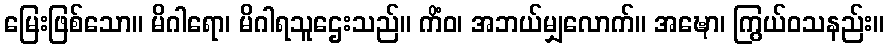
မြေးဖြစ်သော။ မိဂါရော၊ မိဂါရသူဌေးသည်။ ကိံဝ၊ အဘယ်မျှလောက်။ အဍ္ဎော၊ ကြွယ်ဝသနည်း။